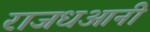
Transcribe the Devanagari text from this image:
राजधआनी